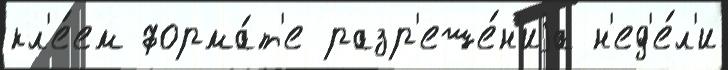
кл'е́ем форма́т'е разр'еше́н'иjа н'ед'е́л'и